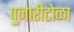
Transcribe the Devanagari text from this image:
पुजारीटोळा